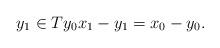
LaTeX: \begin{align*}y_1\in Ty_0x_1-y_1=x_0-y_0.\end{align*}